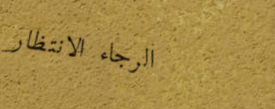
الرجاء الانتظار